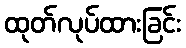
ထုတ်လုပ်ထားခြင်း